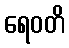
ရေဝတိ